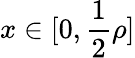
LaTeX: x\in[0,\frac{1}{2}\rho]